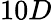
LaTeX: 10D